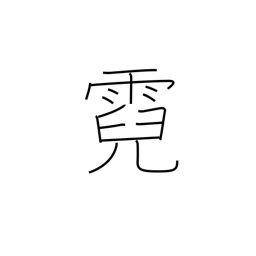
Meaning: rainbow